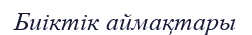
Биіктік аймақтары